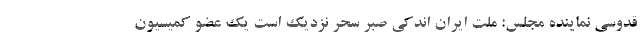
قدوسی نماینده مجلس: ملت ایران اندکی صبر سحر نزدیک است یک عضو کمیسیون